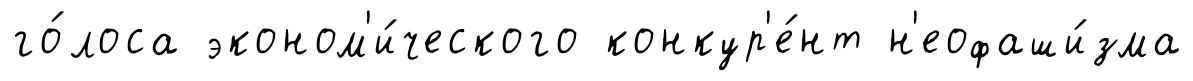
го́лоса эконом'и́ческого конкур'е́нт н'еофаши́зма